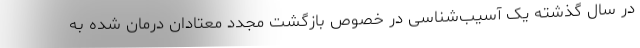
در سال گذشته یک آسیب‌شناسی در خصوص بازگشت مجدد معتادان درمان شده به